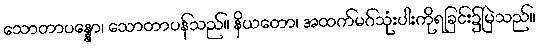
သောတာပန္နော၊ သောတာပန်သည်။ နိယတော၊ အထက်မဂ်သုံးပါးကိုရခြင်း၌မြဲသည်။